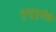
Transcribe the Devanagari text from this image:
मृत्युमुखीही